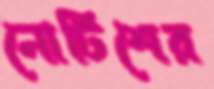
নোটিশের